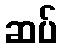
ဆပ်